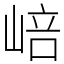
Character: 㟝